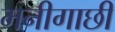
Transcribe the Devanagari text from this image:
मनीगाछी